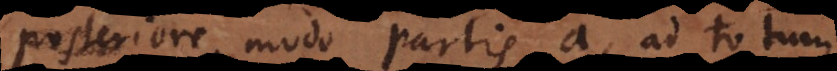
posteriore modo partis a, ad totum